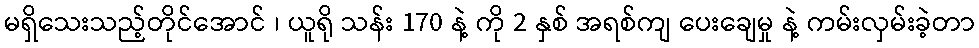
မရှိသေးသည့်တိုင်အောင် ၊ ယူရို သန်း 170 နဲ့ ကို 2 နှစ် အရစ်ကျ ပေးချေမှု နဲ့ ကမ်းလှမ်းခဲ့တာ